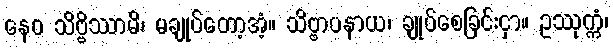
နေဝ သိဗ္ဗိဿာမိ၊ မချုပ်တော့အံ့။ သိဗ္ဗာပနာယ၊ ချုပ်စေခြင်းငှာ။ ဥဿုက္ကံ၊